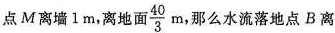
点M离墙1m，离地面 \frac{40}{3}m 那么水流落地点B离